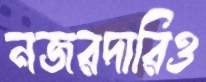
নজরদারিও